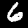
Label: 6